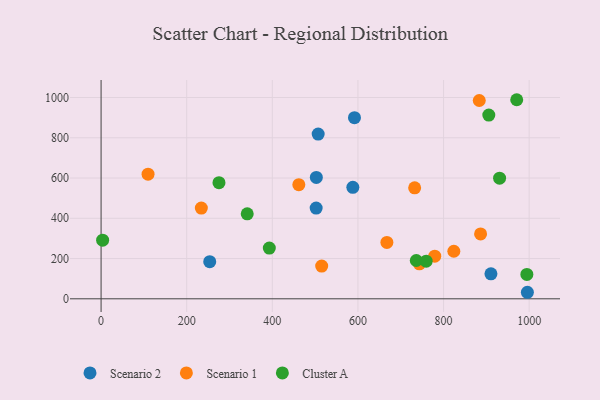
{"axis": {"x": "Study Hours", "y": "Fuel Efficiency"}, "legend": ["Cluster A", "Scenario 1", "Scenario 2"], "data": [{"x": "910.7", "y": 124.0, "type": "Scenario 2"}, {"x": "507.1", "y": 818.4, "type": "Scenario 2"}, {"x": "253.8", "y": 184.2, "type": "Scenario 2"}, {"x": "591.9", "y": 900.0, "type": "Scenario 2"}, {"x": "995.8", "y": 32.4, "type": "Scenario 2"}, {"x": "588.1", "y": 554.0, "type": "Scenario 2"}, {"x": "502.4", "y": 450.5, "type": "Scenario 2"}, {"x": "502.8", "y": 602.8, "type": "Scenario 2"}, {"x": "732.5", "y": 551.2, "type": "Scenario 1"}, {"x": "515.3", "y": 162.6, "type": "Scenario 1"}, {"x": "779.4", "y": 211.7, "type": "Scenario 1"}, {"x": "667.6", "y": 280.0, "type": "Scenario 1"}, {"x": "234.2", "y": 450.8, "type": "Scenario 1"}, {"x": "461.9", "y": 566.9, "type": "Scenario 1"}, {"x": "883.4", "y": 985.1, "type": "Scenario 1"}, {"x": "824.0", "y": 236.2, "type": "Scenario 1"}, {"x": "109.7", "y": 619.2, "type": "Scenario 1"}, {"x": "743.6", "y": 173.5, "type": "Scenario 1"}, {"x": "886.5", "y": 322.3, "type": "Scenario 1"}, {"x": "341.4", "y": 422.3, "type": "Cluster A"}, {"x": "393.0", "y": 251.9, "type": "Cluster A"}, {"x": "994.6", "y": 121.0, "type": "Cluster A"}, {"x": "3.6", "y": 291.4, "type": "Cluster A"}, {"x": "275.4", "y": 577.1, "type": "Cluster A"}, {"x": "930.9", "y": 599.4, "type": "Cluster A"}, {"x": "736.3", "y": 190.3, "type": "Cluster A"}, {"x": "905.7", "y": 912.5, "type": "Cluster A"}, {"x": "970.9", "y": 989.0, "type": "Cluster A"}, {"x": "759.4", "y": 186.8, "type": "Cluster A"}]}